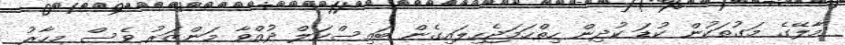
މާލޭގެ މަގުތަކުން ކުޑަ ކުދިން ހިތްހަމަޖެހިލައިގެން ބައިސްކަލް ދުއްވާ މަންޒަރު ވެސް މިހާރު